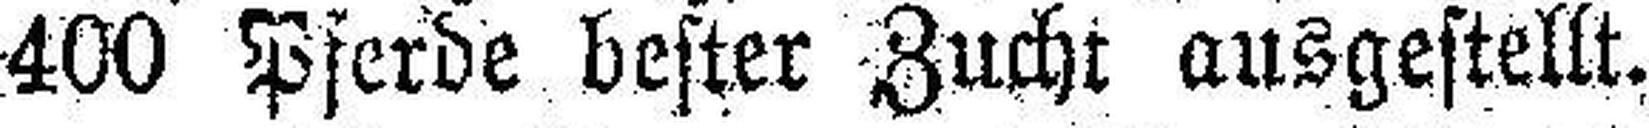
400 Pferde bester Zucht ausgestellt.